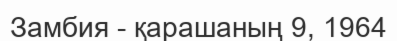
Замбия - қарашаның 9, 1964